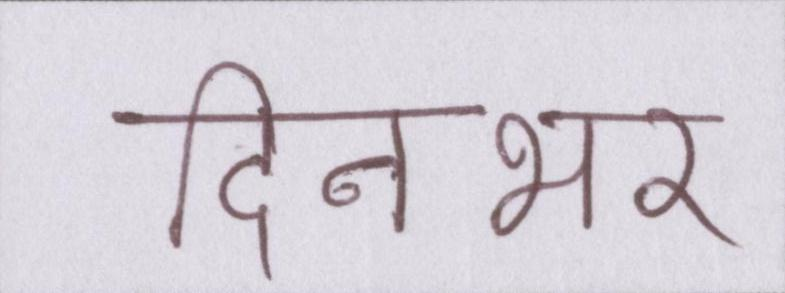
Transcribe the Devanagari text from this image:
दिनभर